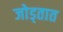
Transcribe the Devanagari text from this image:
जोड्तात